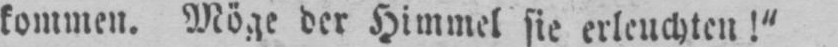
kommen. Möge der Himmel sie erleuchten!“